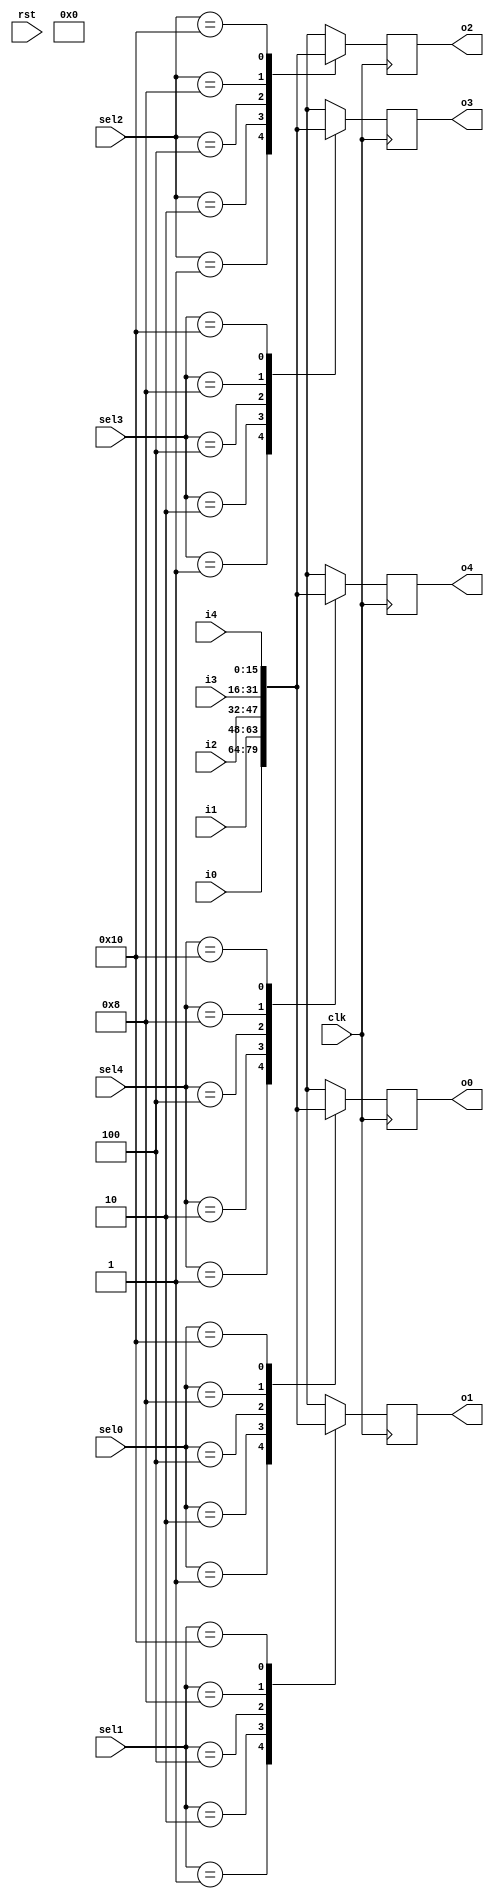
`timescale 1ns / 1ps
//////////////////////////////////////////////////////////////////////////////////
// Company: 
// Engineer: 
// 
// Design Name: 
// Module Name:    crossbar 
// Project Name: 
// Target Devices: 
// Tool versions: 
// Description: 
//
// Dependencies: 
//
// Revision: 
// Revision 0.01 - File Created
// Additional Comments: 
//
//////////////////////////////////////////////////////////////////////////////////
module crossbar(i0,i1,i2,i3,i4,
      sel0, sel1,sel2,sel3,sel4,
		o0,o1,o2,o3,o4,clk, rst
    );
input clk, rst;
input[15:0] i0,i1,i2,i3,i4;
output reg[15:0] o0,o1,o2,o3,o4;
input[4:0] sel0, sel1, sel2, sel3, sel4;
always @(posedge clk)
begin
case(sel0)
5'b00001: o0<=i0;
5'b00010: o0<=i1;
5'b00100: o0<=i2;
5'b01000: o0<=i3;
5'b10000: o0<=i4;
default: o0<=8'bxxxxxxxx;
endcase
case(sel1)
5'b00001: o1<=i0;
5'b00010: o1<=i1;
5'b00100: o1<=i2;
5'b01000: o1<=i3;
5'b10000: o1<=i4;
default: o1<=8'bxxxxxxxx;
endcase
case(sel2)
5'b00001: o2<=i0;
5'b00010: o2<=i1;
5'b00100: o2<=i2;
5'b01000: o2<=i3;
5'b10000: o2<=i4;
default: o2<=8'bxxxxxxxx;
endcase
case(sel3)
5'b00001: o3<=i0;
5'b00010: o3<=i1;
5'b00100: o3<=i2;
5'b01000: o3<=i3;
5'b10000: o3<=i4;
default: o3<=8'bxxxxxxxx;
endcase
case(sel4)
5'b00001: o4<=i0;
5'b00010: o4<=i1;
5'b00100: o4<=i2;
5'b01000: o4<=i3;
5'b10000: o4<=i4;
default: o4<=8'bxxxxxxxx;
endcase
$display("output local i0 %d, %t", i0, $time);
$display("output local i1 %d, %t", i1, $time);
$display("output local i2 %d, %t", i2, $time);
$display("output local i3 %d, %t", i3, $time);
$display("output local i4 %d, %t", i4, $time);
$display("select0 signal %b, %t", sel0, $time);
$display("select1 signal %b, %t", sel1, $time);
$display("select2 signal %b, %t", sel2, $time);
$display("select3 signal %b, %t", sel3, $time);
$display("select4 signal %b, %t", sel4, $time);


end
//sel1,sel2,sel3,sel4;
//assign o0= (i0&sel0);
//assign o0=((i0&~i1&~i2&~i3&~i4&sel0)|(~i0&i1&~i2&~i3&~i4&sel0)|(~i0&~i1&i2&~i3&~i4&sel0)|(~i0&~i1&~i2&i3&~i4&sel0)|(~i0&~i1&~i2&~i3&i4&sel0));
//assign o1=((i0&~i1&~i2&~i3&~i4&sel1)|(~i0&i1&~i2&~i3&~i4&sel1)|(~i0&~i1&i2&~i3&~i4&sel1)|(~i0&~i1&~i2&i3&~i4&sel1)|(~i0&~i1&~i2&~i3&i4&sel1));
//assign o2=((i0&~i1&~i2&~i3&~i4&sel2)|(~i0&i1&~i2&~i3&~i4&sel2)|(~i0&~i1&i2&~i3&~i4&sel2)|(~i0&~i1&~i2&i3&~i4&sel2)|(~i0&~i1&~i2&~i3&i4&sel2));
//assign o3=((i0&~i1&~i2&~i3&~i4&sel3)|(~i0&i1&~i2&~i3&~i4&sel3)|(~i0&~i1&i2&~i3&~i4&sel3)|(~i0&~i1&~i2&i3&~i4&sel3)|(~i0&~i1&~i2&~i3&i4&sel3));
//assign o4=((i0&~i1&~i2&~i3&~i4&sel4)|(~i0&i1&~i2&~i3&~i4&sel4)|(~i0&~i1&i2&~i3&~i4&sel4)|(~i0&~i1&~i2&i3&~i4&sel4)|(~i0&~i1&~i2&~i3&i4&sel4));
endmodule